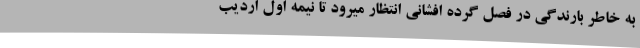
به خاطر بارندگی در فصل گرده افشانی انتظار میرود تا نیمه اول اردیب